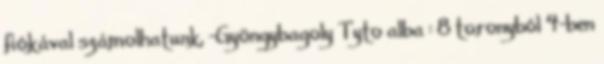
fiókával számolhatunk, -Gyöngybagoly Tyto alba : 8 toronyból 4-ben